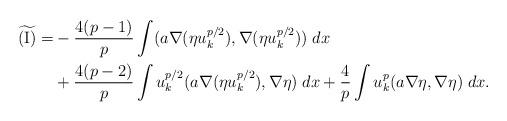
LaTeX: \begin{align*} \widetilde{\textnormal{(I)}}= & -\frac{4(p-1)}{p}\int (a\nabla (\eta u_k^{p/2}),\nabla (\eta u_k^{p/2}))\;dx\\ & +\frac{4(p-2)}{p}\int u_k^{p/2}(a\nabla (\eta u_k^{p/2}),\nabla \eta)\;dx+\frac{4}{p}\int u_k^{p}(a\nabla \eta,\nabla \eta)\;dx. \end{align*}